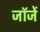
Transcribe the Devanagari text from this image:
जॉर्जे